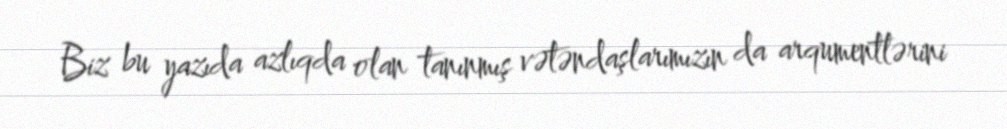
Biz bu yazıda azlıqda olan tanınmış vətəndaşlarımızın da arqumentlərini